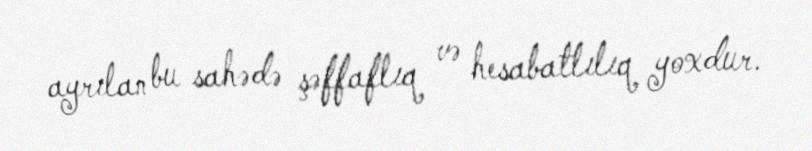
ayrılan bu sahədə şəffaflıq və hesabatlılıq yoxdur.